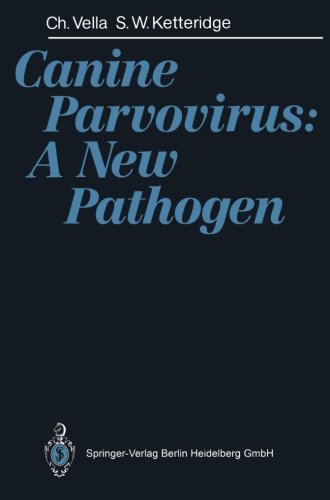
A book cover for Canine Parvovirus: A New Pathogen; Cherelyn Vella; Medical Books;